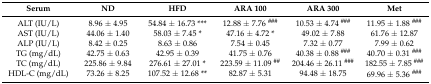
| Serum | ND | HFD | ARA 100 | ARA 300 | Met |
 | --- | --- | --- | --- | --- | --- |
 | ALT (IU/L) | 8.96 ± 4.95 | 54.84 ± 16.73 *** | 12.88 ± 7.76 ### | 10.53 ± 4.74 ### | 11.95 ± 1.88 ### |
 | AST (IU/L) | 44.06 ± 1.40 | 58.03 ± 7.45 * | 47.16 ± 4.72 * | 49.02 ± 7.88 | 61.76 ± 12.87 |
 | ALP (IU/L) | 8.42 ± 0.25 | 8.63 ± 0.86 | 7.54 ± 0.45 | 7.32 ± 0.77 | 7.99 ± 0.62 |
 | TG (mg/dL) | 42.75 ± 0.63 | 42.95 ± 0.39 | 41.75 ± 0.76 | 40.38 ± 0.88 ### | 40.70 ± 0.31 ### |
 | TC (mg/dL) | 225.86 ± 9.84 | 276.61 ± 27.01 * | 223.59 ± 11.09 ## | 204.46 ± 26.11 ### | 182.55 ± 7.85 ### |
 | HDL-C (mg/dL) | 73.26 ± 8.25 | 107.52 ± 12.68 ** | 82.87 ± 5.31 | 94.48 ± 18.75 | 69.96 ± 5.36 ### |